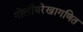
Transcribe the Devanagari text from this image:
गोलीयरेखागणित